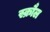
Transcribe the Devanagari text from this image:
स्क्रौल